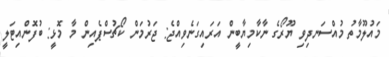
މައުލޫމާތު މުއްސަނދިވި ޔޫރޯގެ ނާކާމިޔާބީން އަރައިގަނެވިއްޖެ: ޖަރުމަން ކޯޗުސްޕެއިން މާ މޮޅީ: ބުފޮންއިޓަލީ